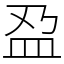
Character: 𫞯